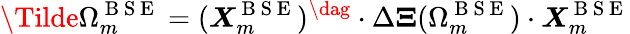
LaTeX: \Tilde{\Omega}_{m}^{\mathrm{~B~S~E~}}=(\boldsymbol{X}_{m}^{\mathrm{~B~S~E~}})^{\dag}\cdot\Delta\boldsymbol{\Xi}(\Omega_{m}^{\mathrm{~B~S~E~}})\cdot\boldsymbol{X}_{m}^{\mathrm{~B~S~E~}}